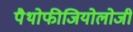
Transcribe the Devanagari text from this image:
पैथोफीजियोलोजी